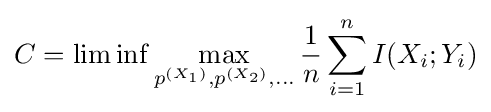
C=\lim \inf \max _{p^{(X_{1})},p^{(X_{2})},...}{\frac {1}{n}}\sum _{i=1}^{n}I(X_{i};Y_{i})